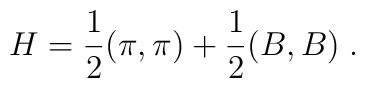
H = \frac{1}{2}(\pi,\pi) + \frac{1}{2}(B,B) \;.